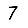
Digit: 7